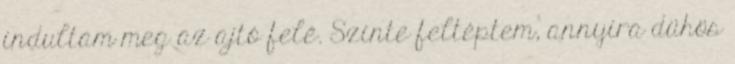
indultam meg az ajtó felé. Szinte feltéptem, annyira dühös